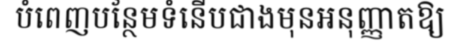
បំពេញបន្ថែមទំនើបជាងមុនអនុញ្ញាតឱ្យ